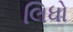
લિધો